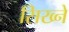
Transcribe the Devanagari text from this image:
सिख्ने